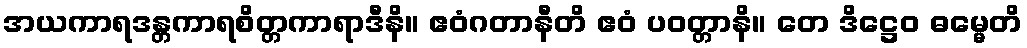
အယကာရဒန္တကာရစိတ္တကာရာဒီနိ။ ဧဝံဂတာနီတိ ဧဝံ ပဝတ္တာနိ။ တေ ဒိဋ္ဌေဝ ဓမ္မေတိ